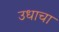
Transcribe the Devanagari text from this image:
उधाचा